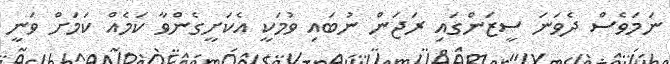
ނަމަވެސް ދެވަނަ ސީޒަންގައި ރަޖަން ނުބައި ވުމަކީ އެކަށީގެންވާ ކަމެއް ކަމަށް ވަނީ